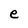
Character: e